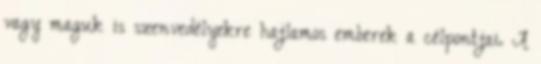
vagy maguk is szenvedélyekre hajlamos emberek a célpontjai. A